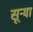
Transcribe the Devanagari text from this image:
सूऱ्या